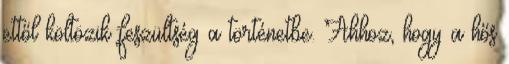
ettől költözik feszültség a történetbe. Ahhoz, hogy a hős